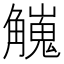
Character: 𧥇